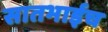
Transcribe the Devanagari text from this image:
सातभाईच